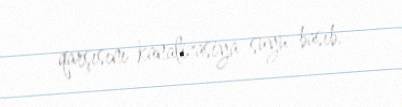
qarşısını kanalizasiya suyu basıb.